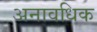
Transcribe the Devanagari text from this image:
अनावधिक